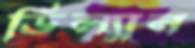
ডিল্যান